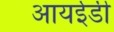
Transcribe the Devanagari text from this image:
आयईडी